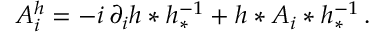
A _ { i } ^ { h } = - i \, \partial _ { i } h * h _ { * } ^ { - 1 } + h * A _ { i } * h _ { * } ^ { - 1 } \, .